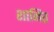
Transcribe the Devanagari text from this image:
शानित